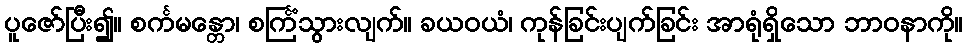
ပူဇော်ပြီး၍။ စင်္ကမန္တော၊ စင်္ကြံသွားလျက်။ ခယဝယံ၊ ကုန်ခြင်းပျက်ခြင်း အာရုံရှိသော ဘာဝနာကို။